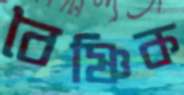
বৈষ্ণিক